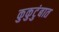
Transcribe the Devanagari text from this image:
कुकुटुंबात